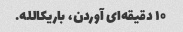
۱۰ دقیقه‌ای آوردن، باریکالله.